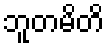
ဘူတမိတိ